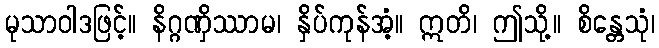
မုသာဝါဒဖြင့်။ နိဂ္ဂဏှိဿာမ၊ နှိပ်ကုန်အံ့။ ဣတိ၊ ဤသို့။ စိန္တေသုံ၊